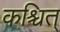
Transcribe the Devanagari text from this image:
कश्चित्‌